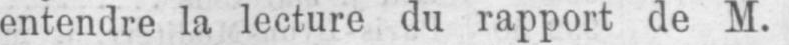
entendre la lecture du rapport de M.